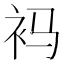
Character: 䘞